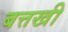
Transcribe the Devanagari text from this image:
बत्तखी